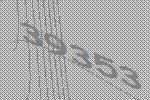
39353